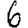
Digit: 6